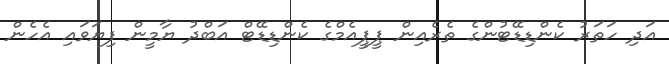
އަދި ހަތަރު ކެންޑިޑޭޓުންގެ ތެރެއިން ޕީޕީއެމްގެ ކެންޑިޑޭޓް އަބްދު ޔާމީން ފިޔަވައި އެހެން